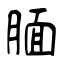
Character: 腼